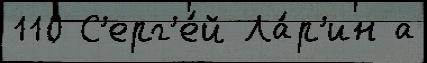
110 С'ерг'е́й Ла́р'ин а